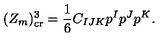
( Z _ { m } ) _ { \mathrm { c r } } ^ { 3 } = { \frac { 1 } { 6 } } C _ { I J K } p ^ { I } p ^ { J } p ^ { K } .